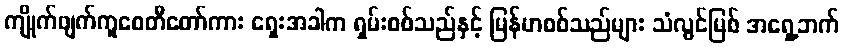
ကျိုက်ဖျက်ကူစေတီတော်ကား ရှေးအခါက ရှမ်းစစ်သည်နှင့် မြန်မာစစ်သည်များ သံလွင်မြစ် အရှေ့ဘက်